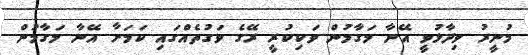
މުނީރު ވިދާޅުވީ އޭނާ މަގާމުން ވަކިކުރީ ރޭގެ ވަގުތެއްގައި ކަމަށާ އޭނާ މަގާމުން